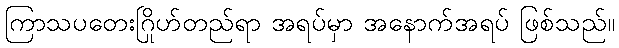
ကြာသပတေးဂြိုဟ်တည်ရာ အရပ်မှာ အနောက်အရပ် ဖြစ်သည်။